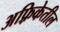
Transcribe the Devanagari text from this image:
अफ़्रिकेतील